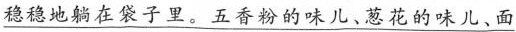
\underline{稳稳地躺在袋子里。五香粉的味儿、葱花的味儿、面}